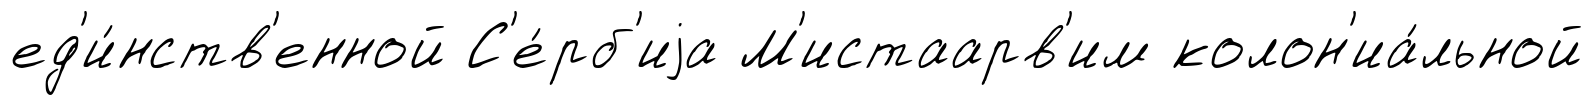
ед'и́нств'енной С'е́рб'иjа М'истаарв'им колон'иа́льной